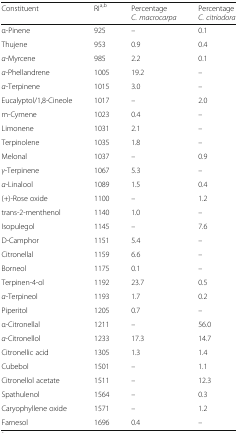
<table><thead><tr><td><b>Constituent</b></td><td><b>RI<sup>a,b</sup></b></td><td><b>Percentage<i>C. macrocarpa</i></b></td><td><b>Percentage<i>C. citriodora</i></b></td></tr></thead><tbody><tr><td>α-Pinene</td><td>925</td><td>–</td><td>0.1</td></tr><tr><td>Thujene</td><td>953</td><td>0.9</td><td>0.4</td></tr><tr><td><i>α</i>-Myrcene</td><td>985</td><td>2.2</td><td>0.1</td></tr><tr><td><i>α</i>-Phellandrene</td><td>1005</td><td>19.2</td><td>–</td></tr><tr><td><i>α</i>-Terpinene</td><td>1015</td><td>3.0</td><td>–</td></tr><tr><td>Eucalyptol/1,8-Cineole</td><td>1017</td><td>–</td><td>2.0</td></tr><tr><td>m-Cymene</td><td>1023</td><td>0.4</td><td>–</td></tr><tr><td>Limonene</td><td>1031</td><td>2.1</td><td>–</td></tr><tr><td>Terpinolene</td><td>1035</td><td>1.8</td><td>–</td></tr><tr><td>Melonal</td><td>1037</td><td>–</td><td>0.9</td></tr><tr><td><i>γ</i>-Terpinene</td><td>1067</td><td>5.3</td><td>–</td></tr><tr><td><i>α</i>-Linalool</td><td>1089</td><td>1.5</td><td>0.4</td></tr><tr><td>(+)-Rose oxide</td><td>1100</td><td>–</td><td>1.2</td></tr><tr><td>trans-2-menthenol</td><td>1140</td><td>1.0</td><td>–</td></tr><tr><td>Isopulegol</td><td>1145</td><td>–</td><td>7.6</td></tr><tr><td>D-Camphor</td><td>1151</td><td>5.4</td><td>–</td></tr><tr><td>Citronellal</td><td>1159</td><td>6.6</td><td>–</td></tr><tr><td>Borneol</td><td>1175</td><td>0.1</td><td>–</td></tr><tr><td>Terpinen-4-ol</td><td>1192</td><td>23.7</td><td>0.5</td></tr><tr><td><i>α</i>-Terpineol</td><td>1193</td><td>1.7</td><td>0.2</td></tr><tr><td>Piperitol</td><td>1205</td><td>0.7</td><td>–</td></tr><tr><td>α-Citronellal</td><td>1211</td><td>–</td><td>56.0</td></tr><tr><td><i>α</i>-Citronellol</td><td>1233</td><td>17.3</td><td>14.7</td></tr><tr><td>Citronellic acid</td><td>1305</td><td>1.3</td><td>1.4</td></tr><tr><td>Cubebol</td><td>1501</td><td>–</td><td>1.1</td></tr><tr><td>Citronellol acetate</td><td>1511</td><td>–</td><td>12.3</td></tr><tr><td>Spathulenol</td><td>1564</td><td>–</td><td>0.3</td></tr><tr><td>Caryophyllene oxide</td><td>1571</td><td>–</td><td>1.2</td></tr><tr><td>Farnesol</td><td>1696</td><td>0.4</td><td>–</td></tr></tbody></table>